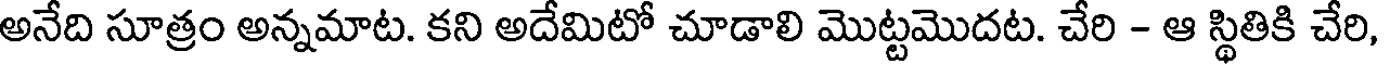
అనేది సూత్రం అన్నమాట. కని అదేమిటో చూడాలి మొట్టమొదట. చేరి - ఆ స్థితికి చేరి,